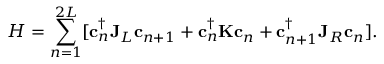
H = \sum _ { n = 1 } ^ { 2 L } [ \mathbf { c } _ { n } ^ { \dagger } \mathbf { J } _ { L } \mathbf { c } _ { n + 1 } + \mathbf { c } _ { n } ^ { \dagger } \mathbf { K } \mathbf { c } _ { n } + \mathbf { c } _ { n + 1 } ^ { \dagger } \mathbf { J } _ { R } \mathbf { c } _ { n } ] .